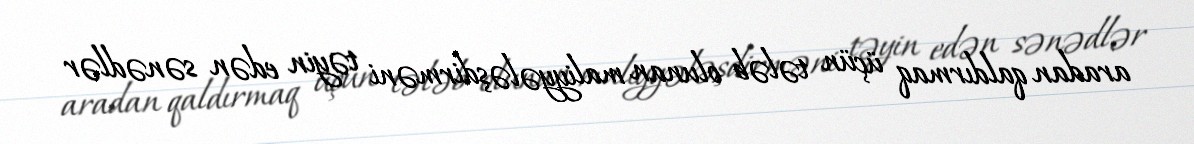
aradan qaldırmaq üçün tələb olunan maliyyələşdirməni təyin edən sənədlər